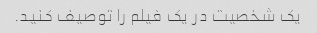
یک شخصیت در یک فیلم را توصیف کنید.